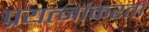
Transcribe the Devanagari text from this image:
प्रयत्नांकरता